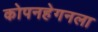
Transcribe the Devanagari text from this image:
कोपनहेगनला